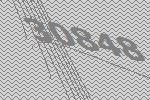
30848